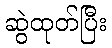
ဆွဲထုတ်ပြီး